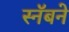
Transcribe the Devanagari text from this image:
स्नॅबने